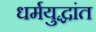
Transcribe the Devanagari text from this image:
धर्मयुद्धांत